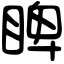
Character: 睥